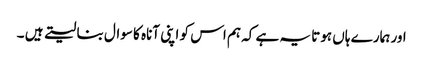
اور ہمارے ہاں ہوتا یہ ہے کہ ہم اس کو اپنی آناہ کا سوال بنا لیتے ہیں ۔